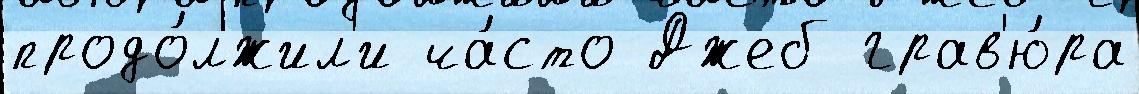
продо́лжил'и ча́сто Джеб грав'ю́ра